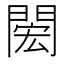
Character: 𨴵